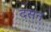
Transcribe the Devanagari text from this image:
दसन